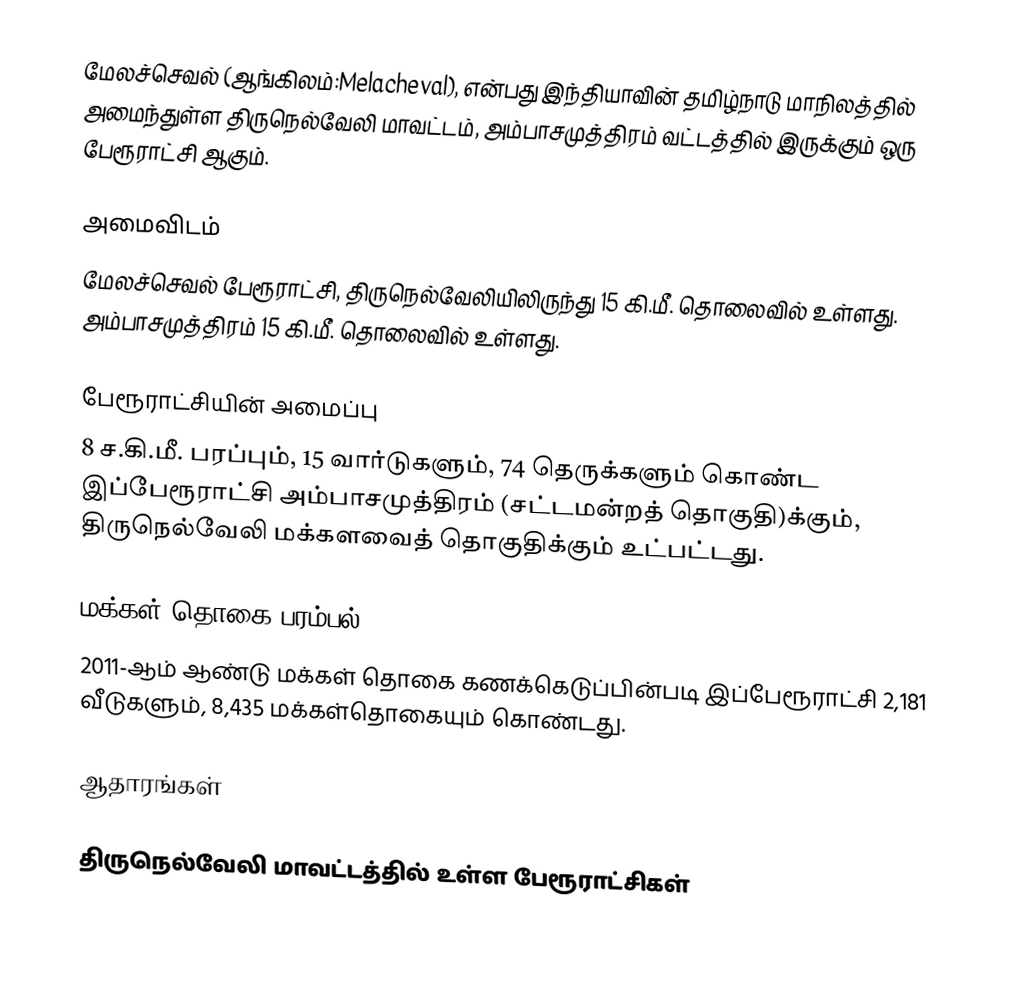
மேலச்செவல் (ஆங்கிலம்:Melacheval), என்பது இந்தியாவின் தமிழ்நாடு மாநிலத்தில் அமைந்துள்ள திருநெல்வேலி மாவட்டம், அம்பாசமுத்திரம் வட்டத்தில் இருக்கும் ஒரு பேரூராட்சி ஆகும்.

அமைவிடம்
மேலச்செவல் பேரூராட்சி, திருநெல்வேலியிலிருந்து 15 கி.மீ. தொலைவில் உள்ளது. அம்பாசமுத்திரம் 15 கி.மீ. தொலைவில் உள்ளது.

பேரூராட்சியின் அமைப்பு
8 ச.கி.மீ. பரப்பும், 15 வார்டுகளும், 74 தெருக்களும் கொண்ட இப்பேரூராட்சி அம்பாசமுத்திரம் (சட்டமன்றத் தொகுதி)க்கும், திருநெல்வேலி மக்களவைத் தொகுதிக்கும் உட்பட்டது.

மக்கள் தொகை பரம்பல்
2011-ஆம் ஆண்டு மக்கள் தொகை கணக்கெடுப்பின்படி இப்பேரூராட்சி 2,181 வீடுகளும், 8,435  மக்கள்தொகையும் கொண்டது.

ஆதாரங்கள்

திருநெல்வேலி மாவட்டத்தில் உள்ள பேரூராட்சிகள்